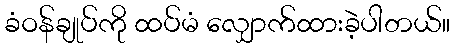
ခံဝန်ချုပ်ကို ထပ်မံ လျှောက်ထားခဲ့ပါတယ်။